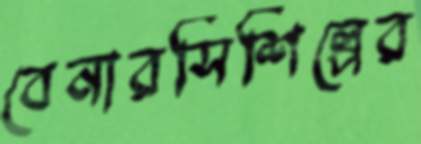
বেনারসিশিল্পের